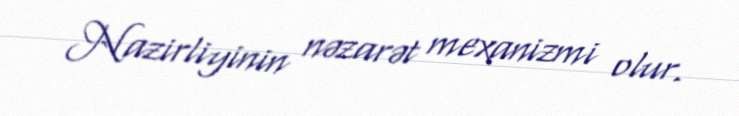
Nazirliyinin nəzarət mexanizmi olur.